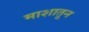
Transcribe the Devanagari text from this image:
माशातून